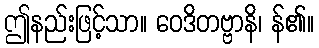
ဤနည်းဖြင့်သာ။ ဝေဒိတဗ္ဗာနိ၊ န်၏။